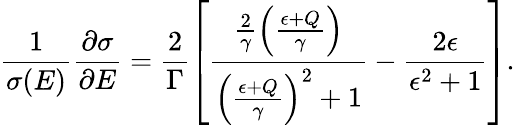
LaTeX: \frac{1}{\sigma(E)}\frac{\partial\sigma}{\partial E}=\frac{2}{\Gamma}\left[\frac{\frac{2}{\gamma}\left(\frac{\epsilon+Q}{\gamma}\right)}{{\left(\frac{\epsilon+Q}{\gamma}\right)}^{2}+1}-\frac{2\epsilon}{\epsilon^{2}+1}\right].